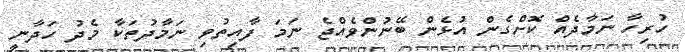
ހުރިހާ ނަމާދެއް ކޮށްގެން އުޅެން ބޭނުންވެއްޖެ ނަމަ ފާއިތުވި ނަމާދުތަކާ މެދު ހަދާނީ